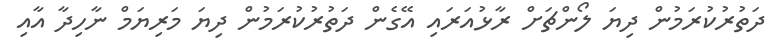
ދަތުރުކުރަމުން ދިޔަ ލޯންޗަށް ރާޅުއަރައި އޭގެން ދަތުރުކުރަމުން ދިޔަ މަރިޔަމް ނާހިދާ އާއި